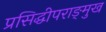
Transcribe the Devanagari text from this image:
प्रसिद्धीपराङ्‌मुख